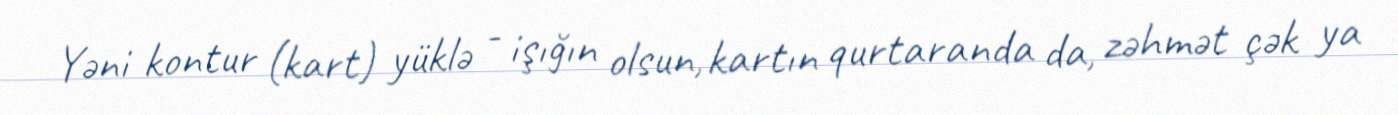
Yəni kontur (kart) yüklə - işığın olsun, kartın qurtaranda da, zəhmət çək ya